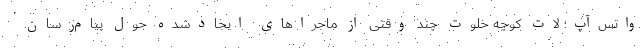
واتس‌آپ؛ لات کوچه خلوت چند وقتی از ماجراهای ایجادشده حول پیام‌رسان